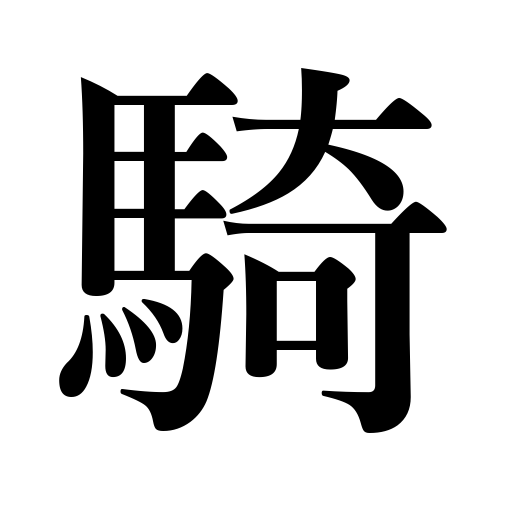
Meanings: riding on horses,counter for horsemen